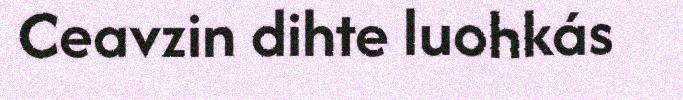
Ceavzin dihte luohkás